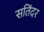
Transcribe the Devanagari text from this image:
सतिंदर